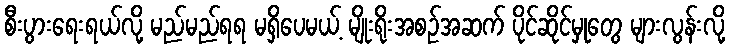
စီးပွားရေးရယ်လို့ မည်မည်ရရ မရှိပေမယ့် မျိုးရိုးအစဉ်အဆက် ပိုင်ဆိုင်မှုတွေ များလွန်းလို့